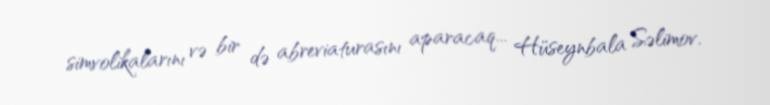
simvolikalarını və bir də abreviaturasını aparacaq... Hüseynbala Səlimov.